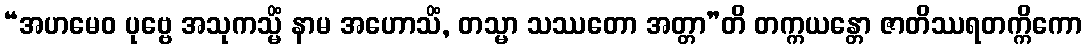
“အဟမေဝ ပုဗ္ဗေ အသုကသ္မိံ နာမ အဟောသိံ, တသ္မာ သဿတော အတ္တာ”တိ တက္ကယန္တော ဇာတိဿရတက္ကိကော